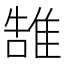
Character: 䧼